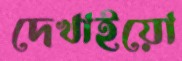
দেখাইয়ো